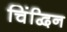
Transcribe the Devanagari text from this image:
चिंद्विन